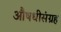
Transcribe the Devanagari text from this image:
औषधीसंग्रह